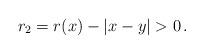
LaTeX: \begin{align*}r_2 = r(x) - \lvert x-y\rvert>0\,.\end{align*}